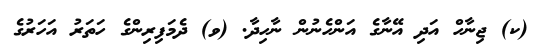
(ކ) ޖިނާހް އަދި އޭނާގެ އަންހެނުން ނާހިދާ. (ވ) ދެމަފިރިންގެ ހަތަރު އަހަރުގެ